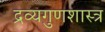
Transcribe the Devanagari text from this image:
द्रव्यगुणशास्त्र